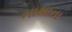
નાથાના